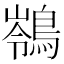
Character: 䳥